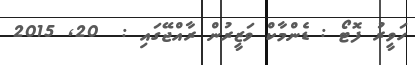
ހަވީރު ފޮޓޯ : ޑެންމާކް ވަޒީރުން ރާއްޖޭގައި :  20